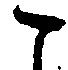
こ